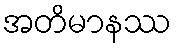
အတိမာနဿ